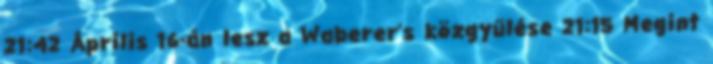
21:42 Április 16-án lesz a Waberer's közgyűlése 21:15 Megint